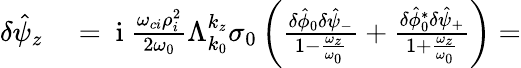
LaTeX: \begin{array}{rl}{\delta\hat{\psi}_{z}}&{{}=\mathrm{~i~}\frac{\omega_{ci}\rho_{i}^{2}}{2\omega_{0}}\Lambda_{k_{0}}^{k_{z}}\sigma_{0}\left(\frac{\delta\hat{\phi}_{0}\delta\hat{\psi}_{-}}{1-\frac{\omega_{z}}{\omega_{0}}}+\frac{\delta\hat{\phi}_{0}^{*}\delta\hat{\psi}_{+}}{1+\frac{\omega_{z}}{\omega_{0}}}\right)=}\end{array}